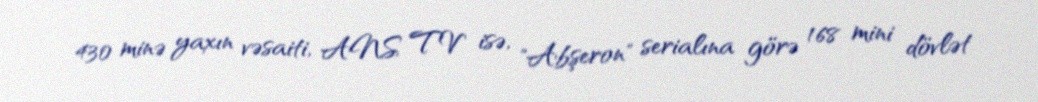
430 minə yaxın vəsaiti, ANS TV isə, "Abşeron" serialına görə 168 mini dövlət